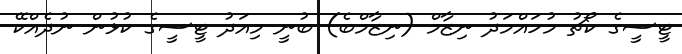
ޓީސީގެ ކޯޗު މުހައްމަދު ނިޒާމް (ނިޒާމްބެ) ބުނީ މިއަދު ޓީސީގެ ކުޅުން ނުދެއްކޭ